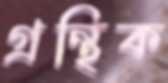
গ্রন্থিক